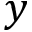
y